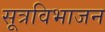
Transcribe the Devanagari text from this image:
सूत्रविभाजन